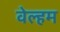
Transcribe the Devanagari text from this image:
वेल्हम